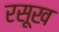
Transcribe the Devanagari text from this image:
रसूख